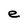
Character: e